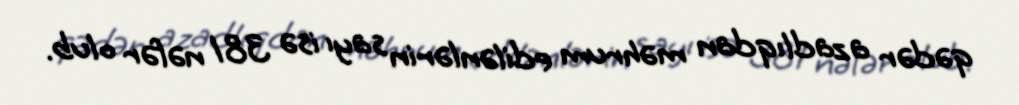
qədər azadlıqdan məhrum edilənlərin sayı isə 381 nəfər olub.